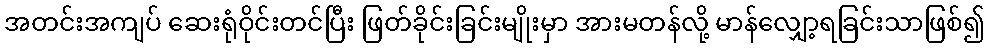
အတင်းအကျပ် ဆေးရုံဝိုင်းတင်ပြီး ဖြတ်ခိုင်းခြင်းမျိုးမှာ အားမတန်လို့ မာန်လျှော့ရခြင်းသာဖြစ်၍